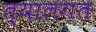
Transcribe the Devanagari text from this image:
त्यालगत